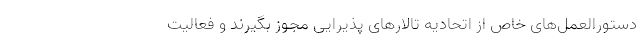
دستورالعمل‌های خاص از اتحادیه تالارهای پذیرایی مجوز بگیرند و فعالیت